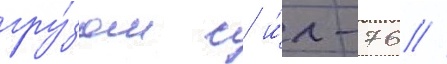
гру́зом с и́л-76 //